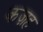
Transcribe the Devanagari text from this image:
कज़ह